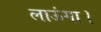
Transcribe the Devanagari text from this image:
लाऊंगा।